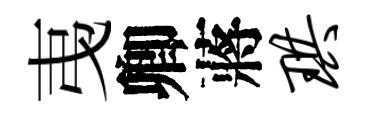
𢎯卿蔣珙